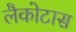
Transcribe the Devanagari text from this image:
लैकोटास